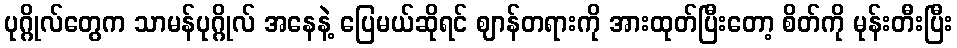
ပုဂ္ဂိုလ်တွေက သာမန်ပုဂ္ဂိုလ် အနေနဲ့ ပြေမယ်ဆိုရင် ဈာန်တရားကို အားထုတ်ပြီးတော့ စိတ်ကို မုန်းတီးပြီး